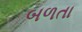
બળતા